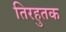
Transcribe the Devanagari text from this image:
तिरहुतक